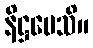
နိဋ္ဌပေသိ။